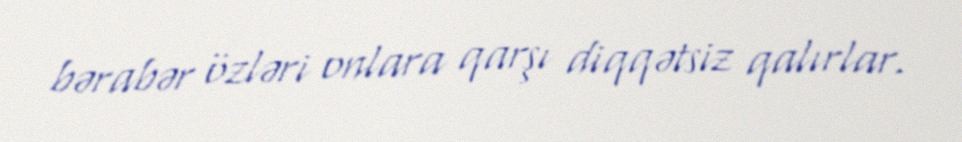
bərabər özləri onlara qarşı diqqətsiz qalırlar.